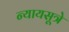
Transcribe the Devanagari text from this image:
न्यायसूत्रे